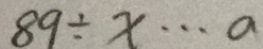
8 9 \div x \cdots a